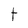
Character: t